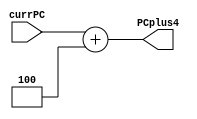
/* add4 module
 *
 */
module add4(input [31:0] currPC, output [31:0] PCplus4);

    assign PCplus4 = currPC + 4;

endmodule